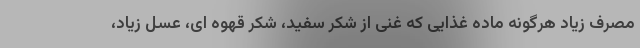
مصرف زیاد هرگونه ماده غذایی که غنی از شکر سفید، شکر قهوه ای، عسل زیاد،